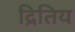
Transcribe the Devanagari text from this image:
द्रितिय